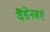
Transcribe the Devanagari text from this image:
वैंडेनबर्ग